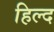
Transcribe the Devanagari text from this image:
हिल्द